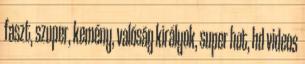
faszt, szuper, kemény, valóság királyok, super hot, hd videos